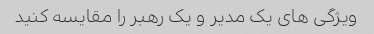
ویژگی های یک مدیر و یک رهبر را مقایسه کنید